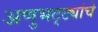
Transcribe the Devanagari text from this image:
अणुभट्ट्यांचे